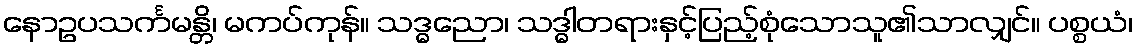
နောဥပသင်္ကမန္တိ၊ မကပ်ကုန်။ သဒ္ဓညော၊ သဒ္ဓါတရားနှင့်ပြည့်စုံသောသူ၏သာလျှင်။ ပစ္စယံ၊